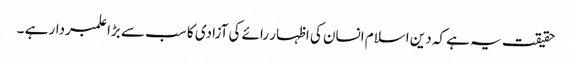
حقیقت یہ ہے کہ دین اسلام انسان کی اظہار رائے کی آزادی کا سب سے بڑا علمبردار ہے ۔